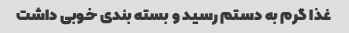
غذا گرم به دستم رسید و بسته بندی خوبی داشت